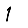
Digit: 1